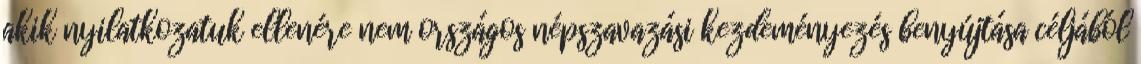
akik nyilatkozatuk ellenére nem országos népszavazási kezdeményezés benyújtása céljából